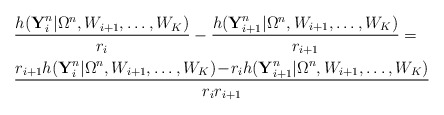
\begin{align*} &\frac{h(\textbf{Y}_i^n|\Omega^n,W_{i+1},\ldots,W_K)}{r_i}- \frac{h(\textbf{Y}_{i+1}^n|\Omega^n,W_{i+1},\ldots,W_K)}{r_{i+1}}=\\ &\frac{r_{i+1}h(\textbf{Y}_i^n|\Omega^n,W_{i+1},\ldots,W_K)\!-\!r_ih(\textbf{Y}_{i+1}^n|\Omega^n,W_{i+1},\ldots,W_K)}{r_ir_{i+1}}\end{align*}